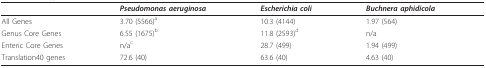
<table><thead><tr><td></td><td><b><i>Pseudomonas aeruginosa</i></b></td><td><b><i>Escherichia coli</i></b></td><td><b><i>Buchnera aphidicola</i></b></td></tr></thead><tbody><tr><td>All Genes</td><td>3.70 (5566)<sup>a</sup></td><td>10.3 (4144)</td><td>1.97 (564)</td></tr><tr><td>Genus Core Genes</td><td>6.55 (1675)<sup>b</sup></td><td>11.8 (2593)<sup>d</sup></td><td>n/a</td></tr><tr><td>Enteric Core Genes</td><td>n/a<sup>c</sup></td><td>28.7 (499)</td><td>1.94 (499)</td></tr><tr><td>Translation40 genes</td><td>72.6 (40)</td><td>63.6 (40)</td><td>4.63 (40)</td></tr></tbody></table>